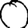
Digit: 0